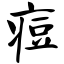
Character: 痘